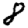
Digit: 8